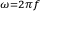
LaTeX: \scriptstyle { \omega = 2 \pi f }